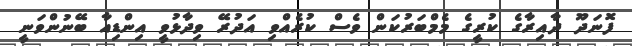
ފޮނަދޫ ދާއިރާގެ ކުރީގެ މެމްބަރުކަން ވެސް ކުރެއްވި އަދުރޭ ވިދާޅުވީ އިންޑިއާ ބޭނުންވަނީ